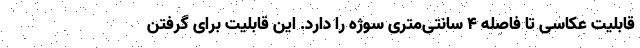
قابلیت عکاسی تا فاصله ۴ سانتی‌متری سوژه را دارد. این قابلیت برای گرفتن